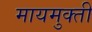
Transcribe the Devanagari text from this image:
मायमुक्ती